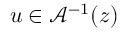
u \in \mathcal { A } ^ { - 1 } ( z )